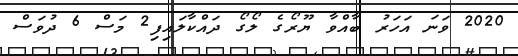
2020 ވަނަ އަހަރު ބާއްވާ ޔޫރޯގެ ލޯގޯ ދައްކާލައިފި2 މަސް 6 ދުވަސް